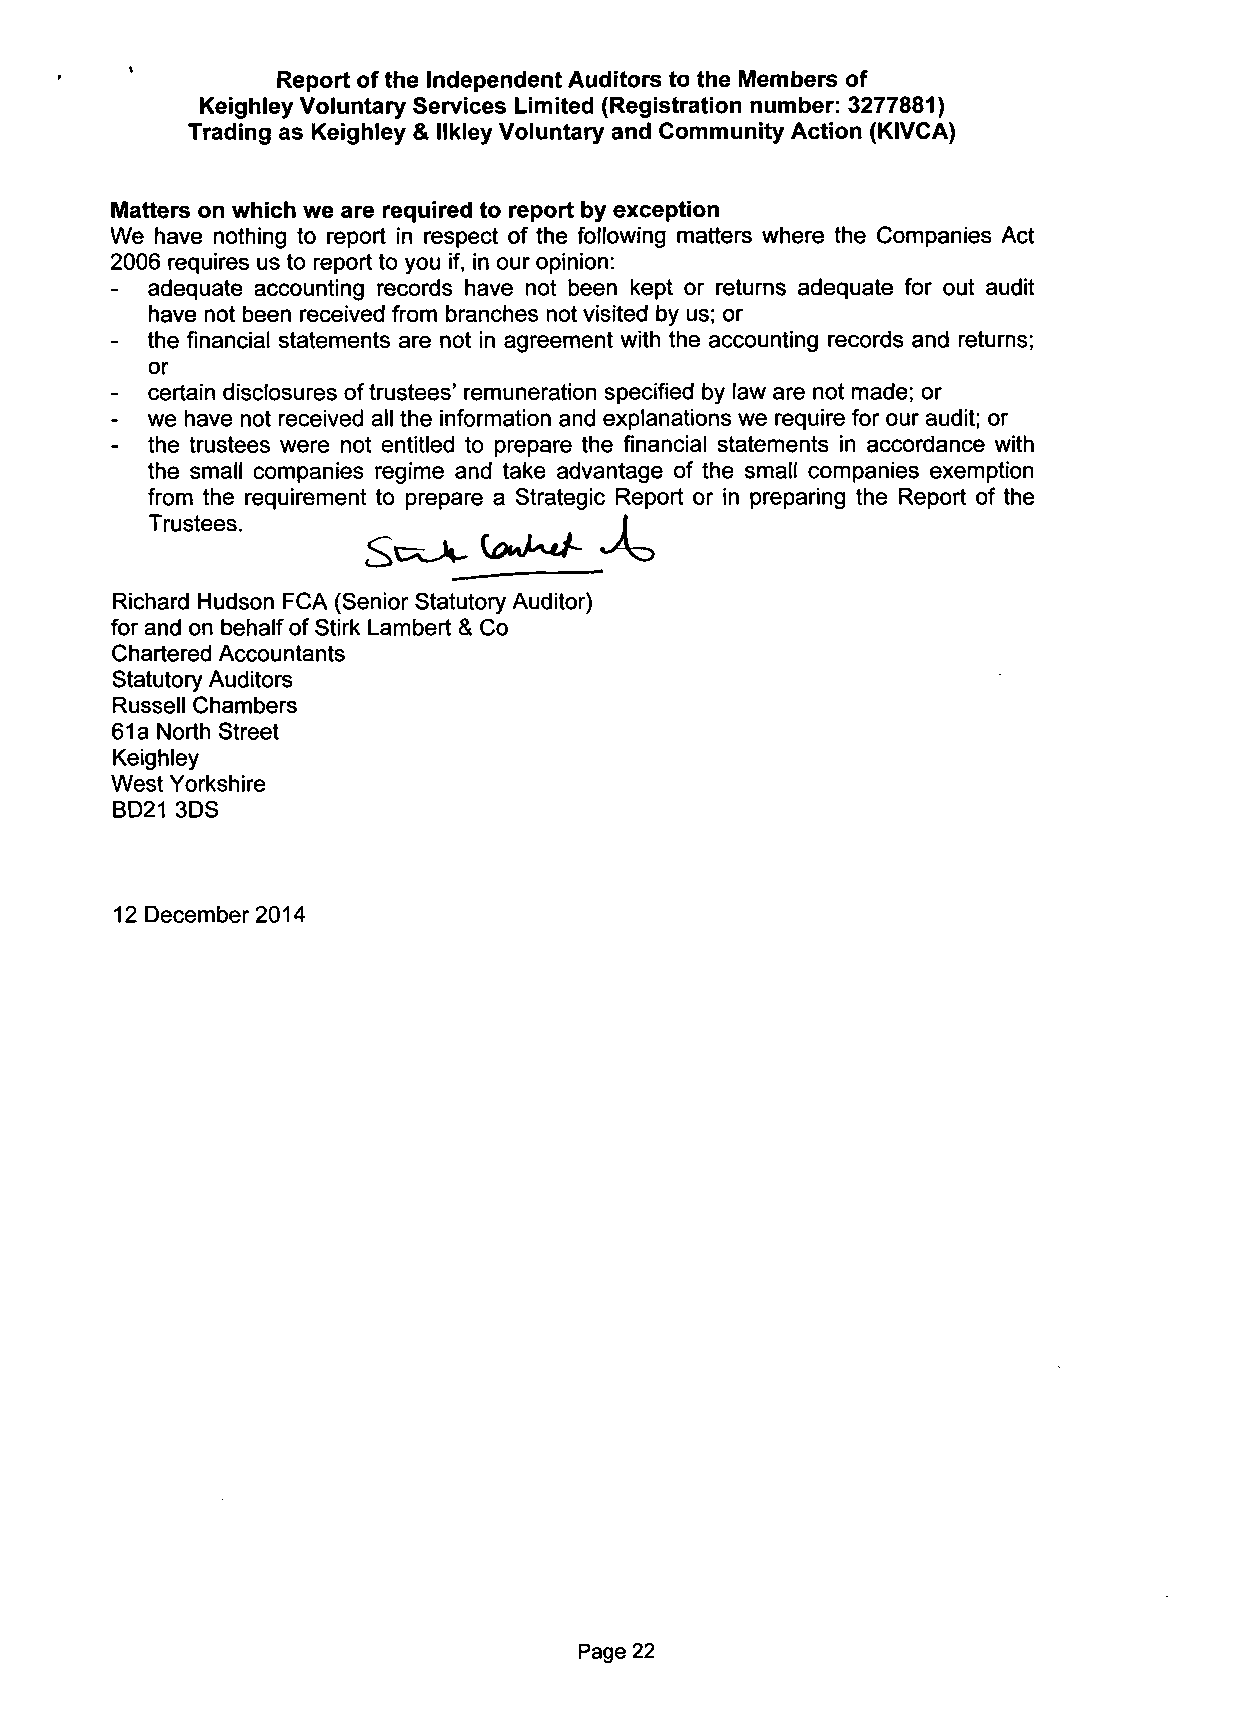
Report of the Independent Auditors to the Members of
 Keighley Voluntary Services Limited (Registration number: 3277881)
 Trading as Keighley & llkley Voluntary and Community Action (KIVCA)
 Matters on which we are required to report by exception
 We have nothing to report in respect of the following matters where the Companies Act
 2006 requires us to report to you if, in our opinion:
 -  adequate accounting records have not been kept or returns adequate for out audit
 have not been received from branches not visited by us; or
 -  the financial statements are not in agreement with the accounting records and returns;
 or
 -  certain disclosures of trustees' remuneration specified by law are not made; or
 -  we have not received all the information and explanations we require for our audit; or
 -  the trustees were not entitled to prepare the financial statements in accordance with
 the small companies regime and take advantage of the small companies exemption
 from the requirement to prepare a Strategic Report or in preparing the Report of the
 Trustees.                      I
 Richard Hudson FCA (Senior Statutory Auditor)
 for and on behalf of Stirk Lambert & Co
 Chartered Accountants
 Statutory Auditors
 Russell Chambers
 61a North Street
 Keighley
 West Yorkshire
 BD21 3DS
 12 December 2014
 Page 22